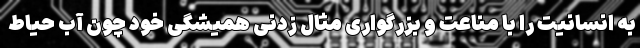
به انسانیت را با مناعت و بزرگواری مثال زدنی همیشگی خود چون آب حیاط